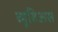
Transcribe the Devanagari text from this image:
व्यूविअस